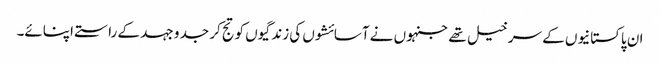
ان پاکستانیوں کے سرخیل تھے جنہوں نے آسائشوں کی زندگیوں کو تج کر جد و جہد کے راستے اپنائے۔